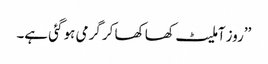
’’روز آملیٹ کھا کھا کر گرمی ہو گئی ہے۔